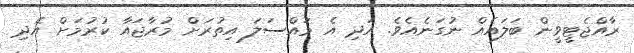
ރާއްޖެޓީވީން ބަލައެއް ނުގަނެއެވެ. އަދި އެ މައްސަލަ އިތުރަށް މުރާޖައާ ކުރުމަށް އެދި